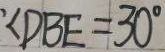
\cdot \angle D B E = 3 0 ^ { \circ }